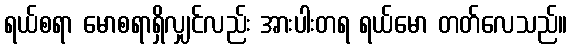
ရယ်စရာ မောစရာရှိလျှင်လည်း အားပါးတရ ရယ်မော တတ်လေသည်။